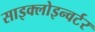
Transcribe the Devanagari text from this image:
साइक्लोइन्वर्टर